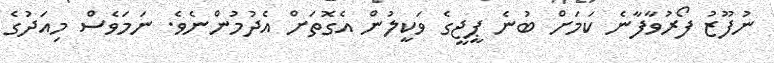
ނުފޫޒު ފޯރުވާފާނެ ކަމަށް ބުނެ ޕީޖީގެ ވަކީލުން އެގޮތަށް އެދުމުންނެވެ. ނަމަވެސް މިއަދުގެ